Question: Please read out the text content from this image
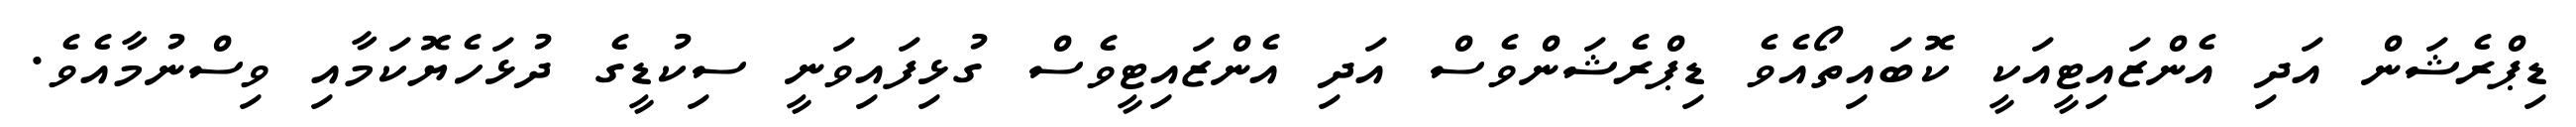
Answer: ޑިޕްރެޝަން އަދި އެންޒައިޓީއަކީ ކޮބައިތޯއެވެ ޑިޕްރެޝަންވެސް އަދި އެންޒައިޓީވެސް ގުޅިފައިވަނީ ސިކުޑީގެ ދުޅަހެޔޮކަމާއި ވިސްނުމާއެވެ.